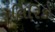
લિરિકો